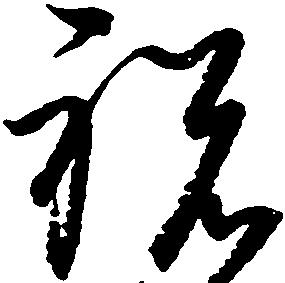
祝